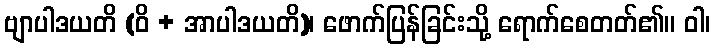
ဗျာပါဒယတိ (ဝိ + အာပါဒယတိ)၊ ဖောက်ပြန်ခြင်းသို့ ရောက်စေတတ်၏။ ဝါ၊